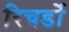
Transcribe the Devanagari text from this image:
रिचर्डो